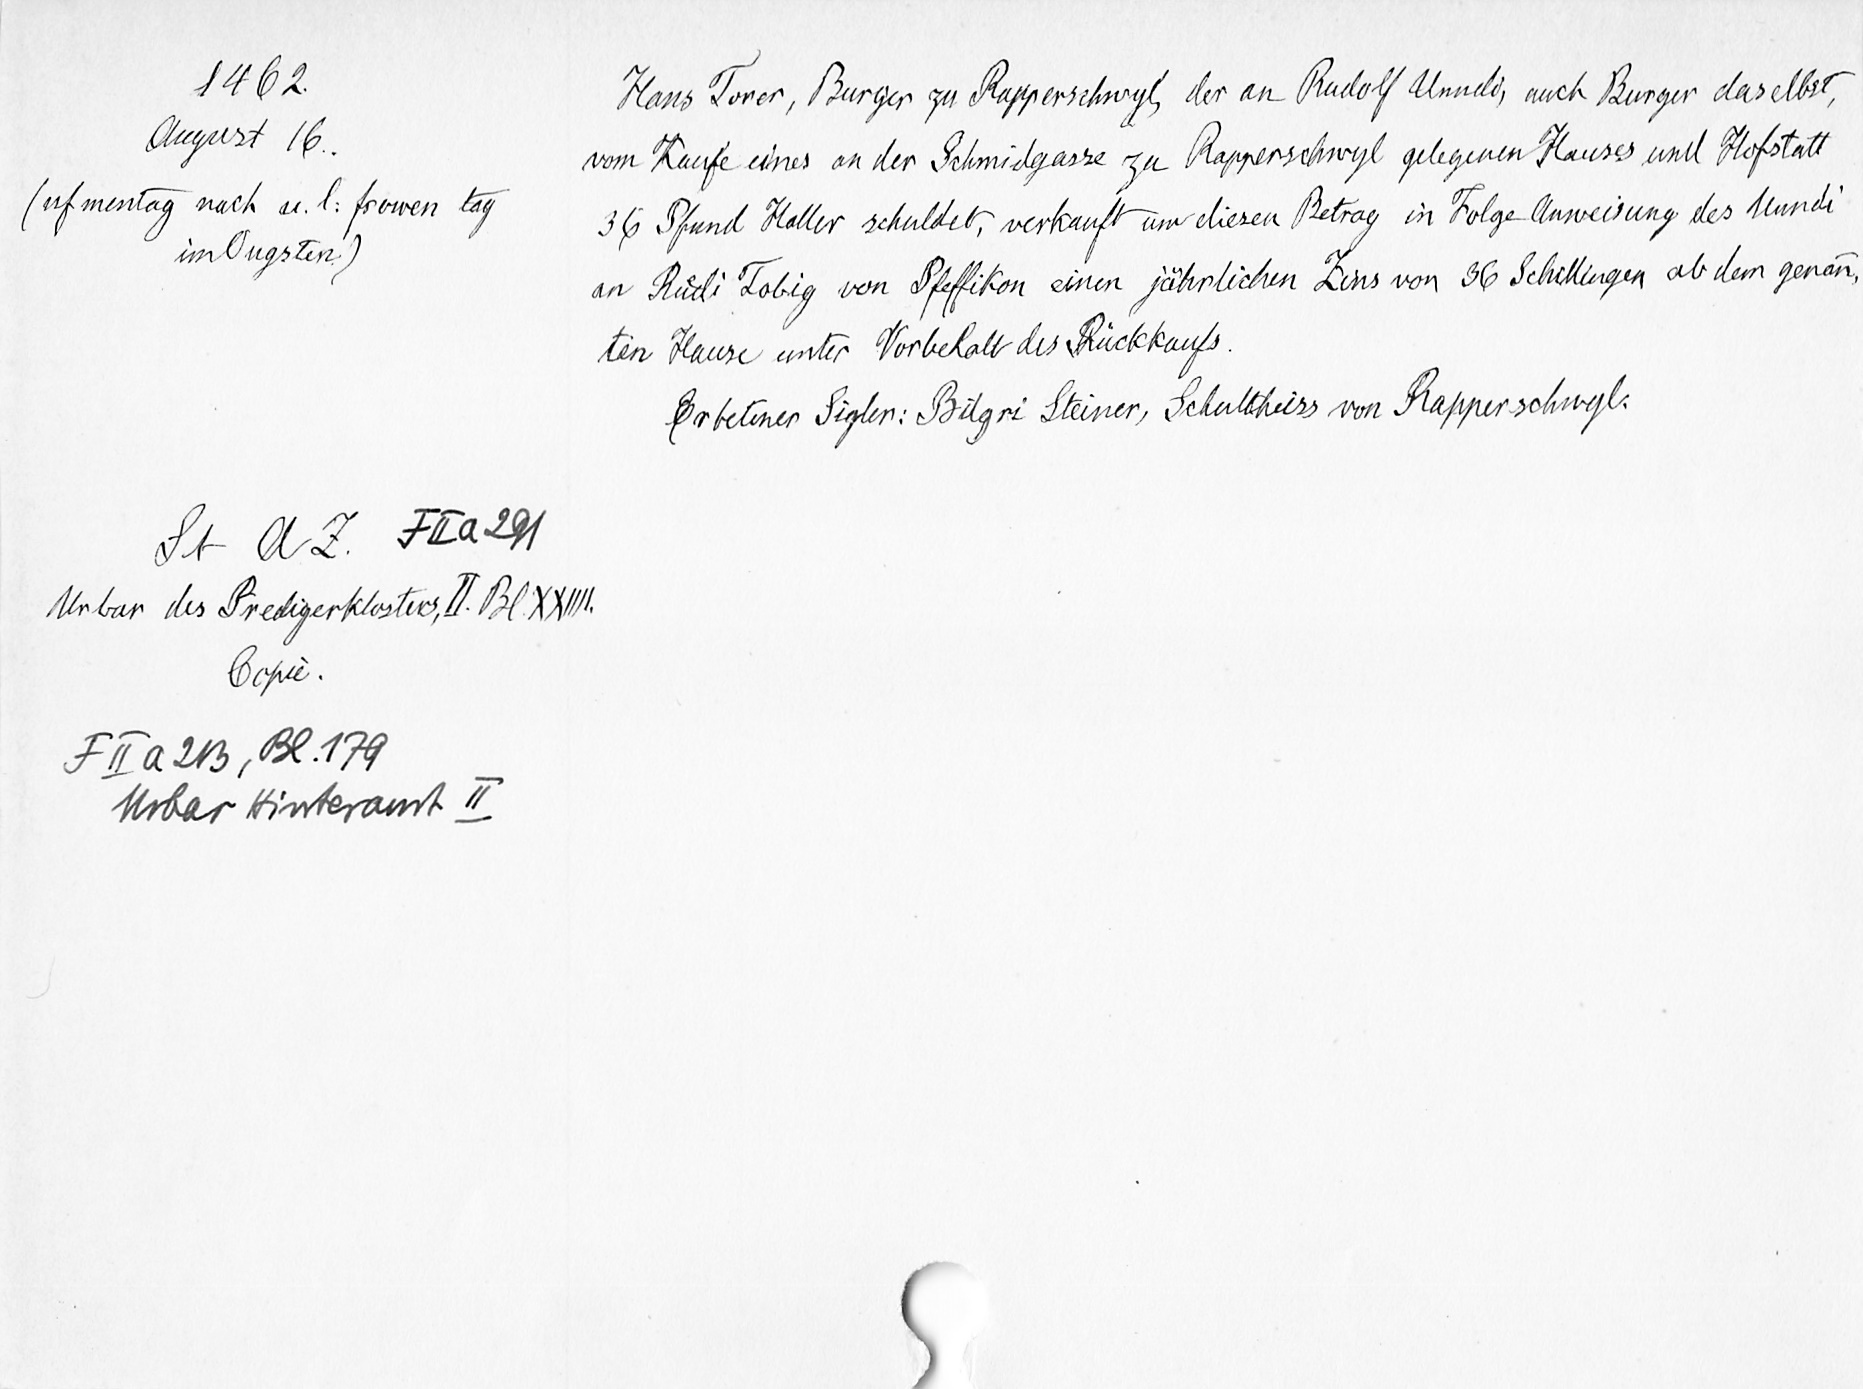
1462
August 16
(uf mentag nach u l frowen tag
in Augsten
St A Z F lla 291
Urbar des Predigerklosters, II Bl. XXIIII
Copie
F II a 2b, Bl. 179
Urbar Hinteramt II

Hans Toner, Burger zu Rapperschwyl, der an Rudolf Arnold, auch Burger daselbst
vom Kaufe eines an der Schmidgasse zu Rapperschwyl gelegenen Hauses und Hofstalt
36 Pfund Haller schuldet, verkauft um diesen Betrag in Folge Anweisung des Mundi
an Ruͤdi Tobig von Pfeffikon einen jährlichen Zins von 36 Schillingen ab dem genan¬
ten Hause unter Vorbehalt des Rückkaufs.
Erbeline Siglen: Bilgrie Steiner, Sclhultheiss von Rappersohnyl.